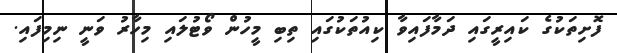
ފޮށިތަކުގެ ކައިރީގައި ދަމާފައިވާ ކިއުތަކުގައި ތިބި މީހުން ވޯޓުލައި މިހާރު ވަނީ ނިމިފައި.